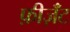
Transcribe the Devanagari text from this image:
फ़ीज़ॅंट